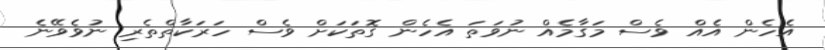
އެހެން އެއް ވެސް މަގާމެއް ނުވަތަ އެހެން ގޮތަކަށް ވެސް ހަރަކާތްތެރި ނުވެވޭނެ